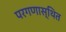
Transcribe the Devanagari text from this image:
परगणास्थित